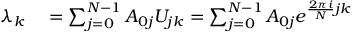
\begin{array} { r l } { \lambda _ { k } } & { { } = \sum _ { j = 0 } ^ { N - 1 } A _ { 0 j } U _ { j k } = \sum _ { j = 0 } ^ { N - 1 } A _ { 0 j } e ^ { \frac { 2 \pi i } { N } j k } } \end{array}